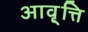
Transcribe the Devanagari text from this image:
आवृ्त्ति